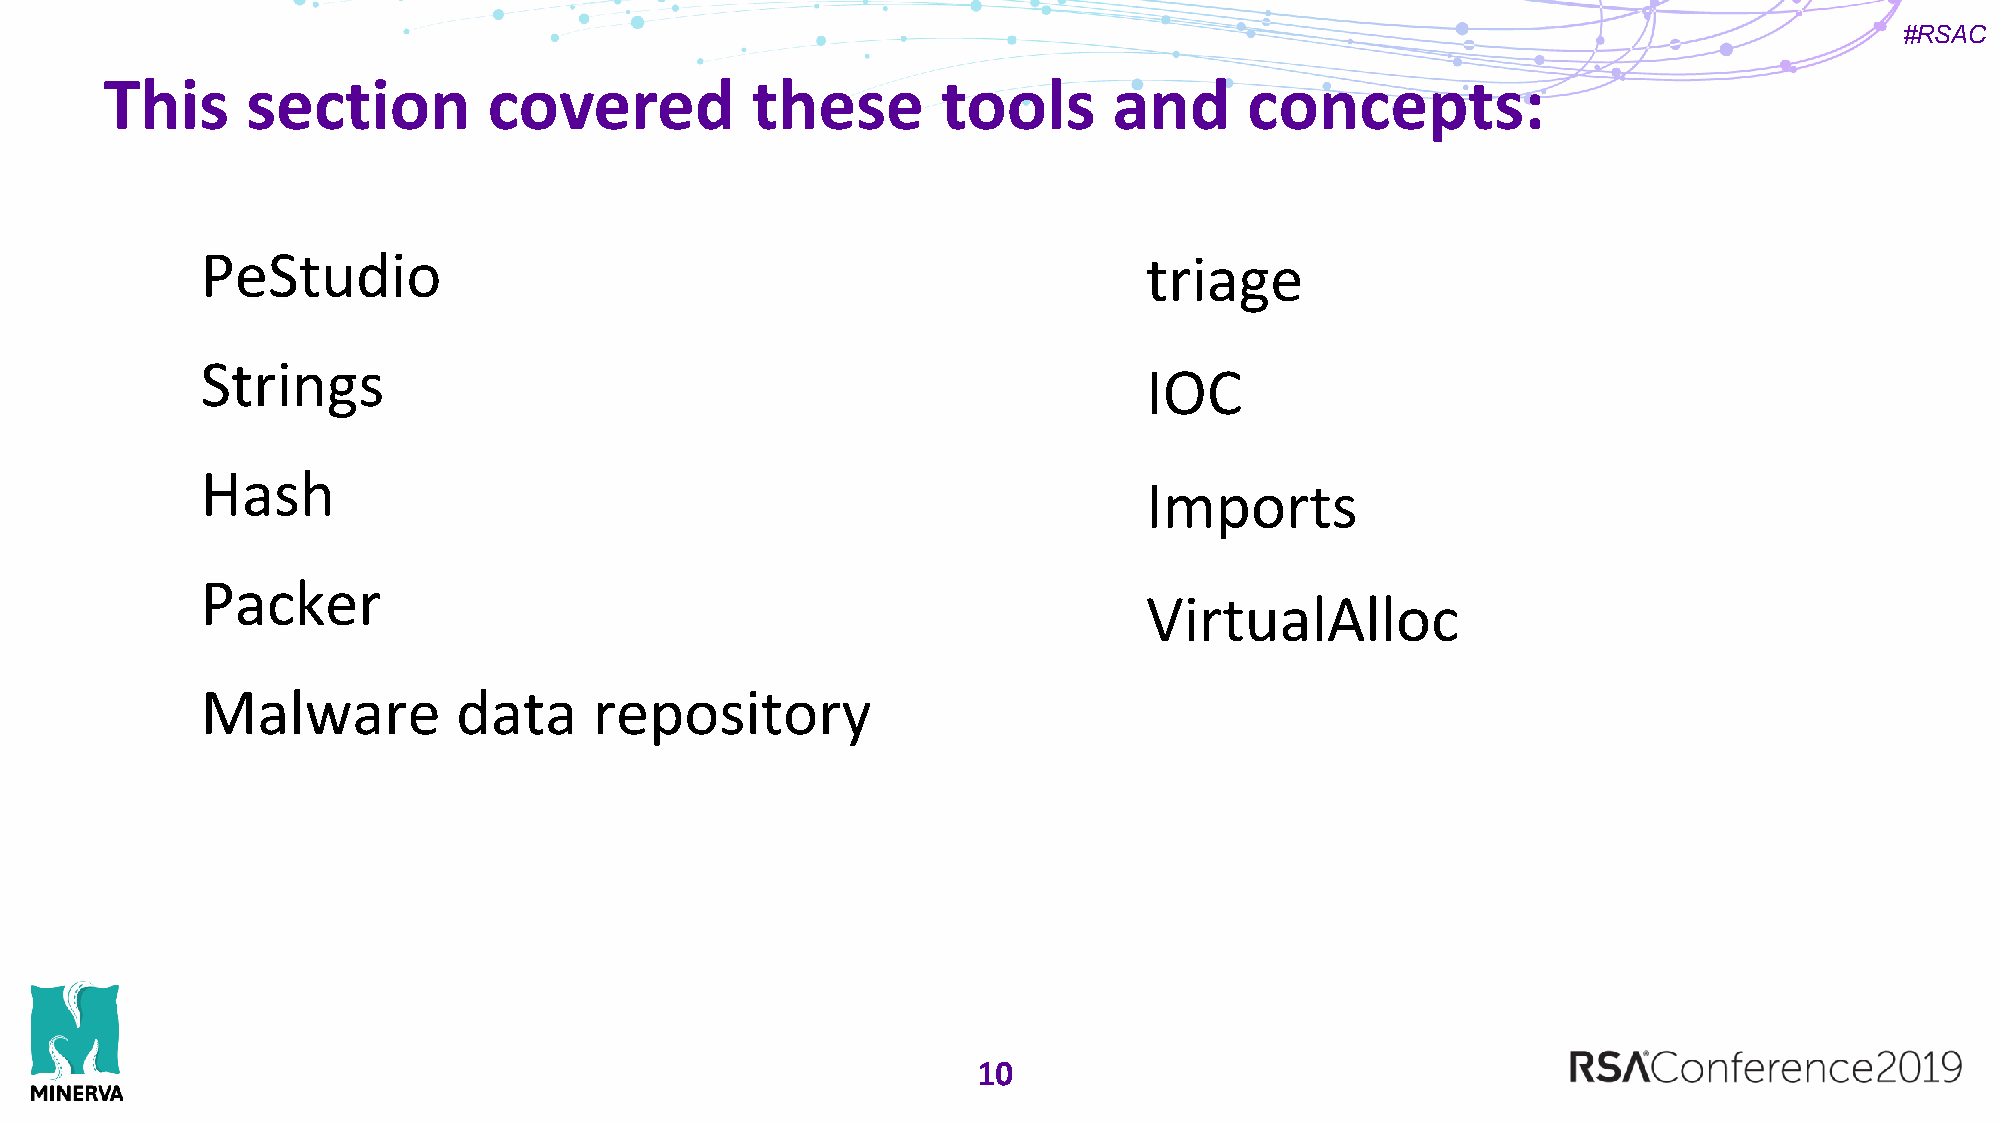
#RSAC
 This     section         covered           these       tools       and      concepts:
 PeStudio                                                       triage
 Strings
 IOC
 Hash
 Imports
 Packer
 VirtualAlloc
 Malware          data     repository
 10